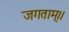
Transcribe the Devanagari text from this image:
जगताम्।।